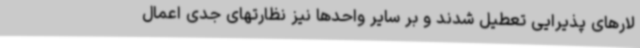
لارهای پذیرایی تعطیل شدند و بر سایر واحدها نیز نظارتهای جدی اعمال